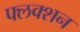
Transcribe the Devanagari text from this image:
फ्लक्शन